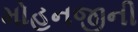
મોહનજીની